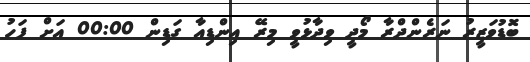
ބޮޑުވަޒީރު ނަރެންދްރާ މޯދީ ވިދާޅުވީ މިރޭ އިންޑިއާ ގަޑިން 00:00 އަށް ފަހު